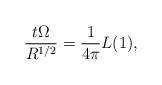
LaTeX: \begin{align*}{t \Omega \over R^{1/2}} = {1 \over 4\pi} L(1),\end{align*}